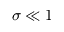
\sigma \ll 1